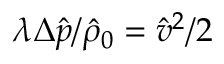
\lambda \Delta \hat { p } / \hat { \rho } _ { 0 } = \hat { v } ^ { 2 } / 2